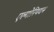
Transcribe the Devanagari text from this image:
एल्गोरिथदम